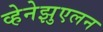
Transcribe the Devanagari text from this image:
व्हेनेझुएलन